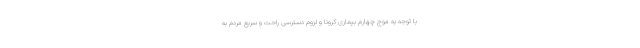
با توجه به موج چهارم بیماری کرونا و لزوم دسترسی راحت و سریع مردم به